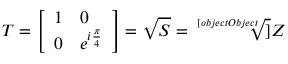
T = { \left[ \begin{array} { l l } { 1 } & { 0 } \\ { 0 } & { e ^ { i { \frac { \pi } { 4 } } } } \end{array} \right] } = { \sqrt { S } } = { \sqrt [ [object Object] ] { Z } }